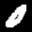
Label: 0